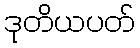
ဒုတိယပတ်